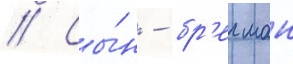
// Сы́н - бр'егман